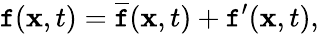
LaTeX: \mathtt{f}(\mathbf{{x}},t)=\overline{{{\mathtt{f}}}}(\mathbf{{x}},t)+\mathtt{f}^{\prime}(\mathbf{{x}},t),